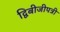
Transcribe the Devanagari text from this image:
द्विबीजीपत्री